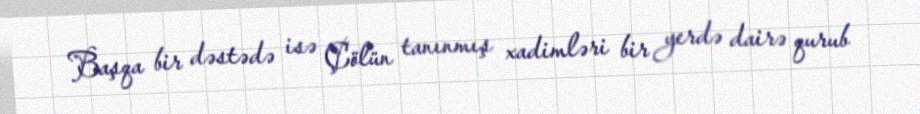
Başqa bir dəstədə isə Çölün tanınmış xadimləri bir yerdə dairə qurub